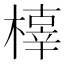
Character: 橭